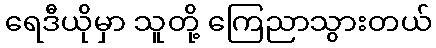
ရေဒီယိုမှာ သူတို့ ကြေညာသွားတယ်